Vaccination in Bombay 1889-1901 - 1889-1901
Year: 1889
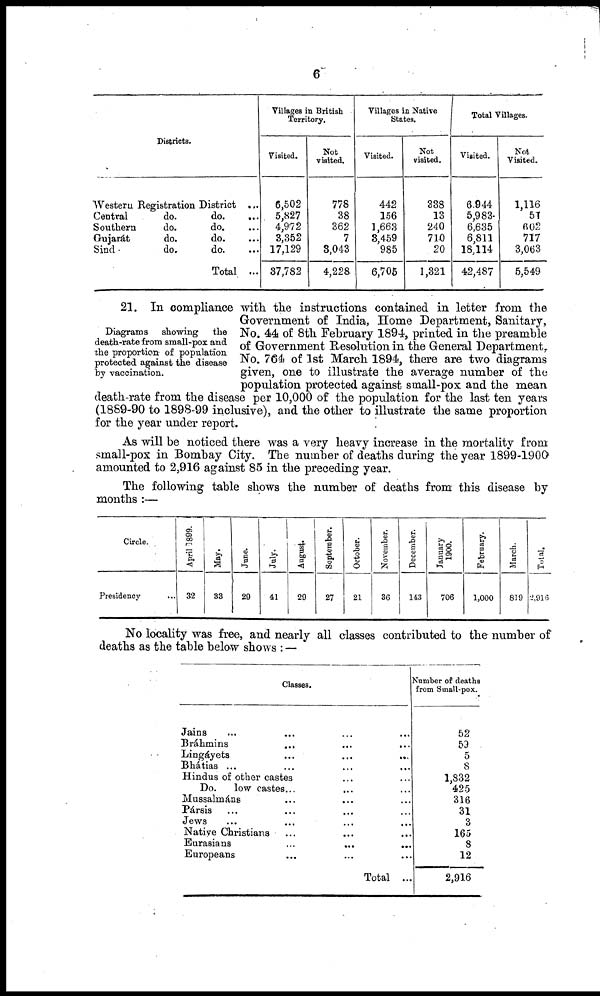
6
Districts.
Western Registration District ...
Central
do.
do.
...
Southern
do.
do. ...
Gujarat
do.
do. ...
Sind
do.
do. ...
Total ...
Villages in British
Territory.
Visited.
6,502
5,827
4,972
3,352
17,129
37,782
Not
visited.
778
38
362
7
3,043
4,228
Villages is Native
States.
Visited.
442
156
1,663
8,459
985
6,705
Not
visited.
338
13
240
710
20
1,321
Total Villages.
Visited.
6,944
5,983
6,635
6,811
18,114
42,487
Not
Visited.
1,116
51
602
717
3,063
5,549
Diagrams
showing the
death-rate from small-pox and
the proportion of population
protected against the disease
by vaccination.
21. In compliance with the instructions contained in letter from the
Government of India, Home Department, Sanitary,
No. 44 of 8th February 1894, printed in the preamble
of Government Resolution in the General Department,
No. 764 of 1st March 1894, there are two diagrams
given, one to illustrate the average number of the
population protected against small-pox and the mean
death-rate from the disease per 10,000 of the population for the last ten years
(1889-90 to 1898-99 inclusive), and the other to illustrate the same proportion
for the year under report.
As will be noticed there was a very heavy increase in the mortality from
small-pox in Bombay City. The number of deaths during the year 1899-1900
amounted to 2,916 against 85 in the preceding year.
The following table shows the number of deaths from this disease by
months :—
Circle.
Presidency ...
April 1899.
32
May.
33
June.
29
July.
41
August.
29
September.
27
October.
21
November.
36
December.
143
January
1900.
706
February.
1,000
March.
819
Total.
2,916
No locality was free, and nearly all classes contributed to the number of
deaths as the table below shows : —
Classes.
Jains ... ... ...
Bráhmins ... ... ...
Lingáyets ... ... ...
Bhátias ... ... ...
Hindus of other castes ... ...
Do.
low castes... ... ...
Mussalmáns ... ... ...
Pársis ... ... ... ...
Jews ... ... ... ...
Native Christians
... ... ...
Eurasians ... ... ...
Europeans ... ... ...
Total ...
Number of deaths
from Small-pox.
52
59
5
8
1,832
425
316
31
3
165
8
12
2,916